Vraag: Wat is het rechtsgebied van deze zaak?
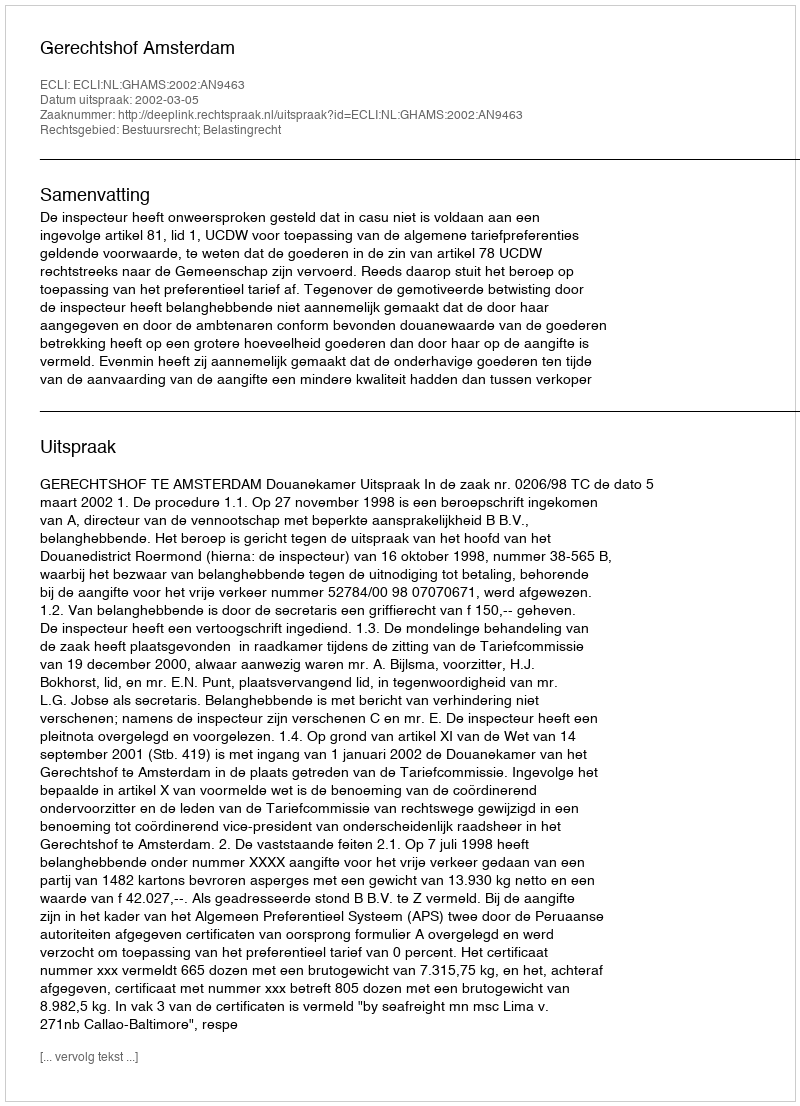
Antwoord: Bestuursrecht; Belastingrecht